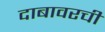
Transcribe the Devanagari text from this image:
दाबावरची